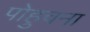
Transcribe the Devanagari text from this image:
पोहुचना